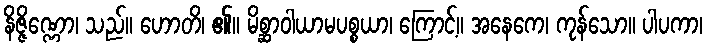
နိဇ္ဇိဏ္ဏော၊ သည်။ ဟောတိ၊ ၏။ မိစ္ဆာဝါယာမပစ္စယာ၊ ကြောင့်။ အနေကေ၊ ကုန်သော။ ပါပကာ၊